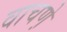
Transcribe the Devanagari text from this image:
वाचणे़